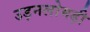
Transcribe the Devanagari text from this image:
उड़नलोमड़ी